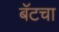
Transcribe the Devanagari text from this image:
बॅटचा